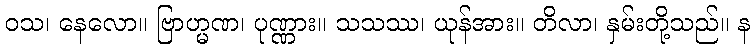
ဝသ၊ နေလော။ ဗြာဟ္မဏ၊ ပုဏ္ဏား။ သသဿ၊ ယုန်အား။ တိလာ၊ နှမ်းတို့သည်။ န